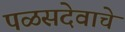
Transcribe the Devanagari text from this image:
पळसदेवाचे